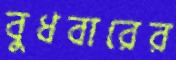
বুধবারের